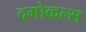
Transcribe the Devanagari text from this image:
दमोकल्स